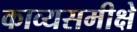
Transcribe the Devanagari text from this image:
काव्यसमीक्षे